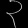
Digit: ၃